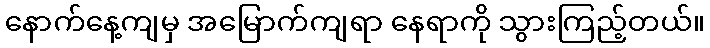
နောက်နေ့ကျမှ အမြောက်ကျရာ နေရာကို သွားကြည့်တယ်။